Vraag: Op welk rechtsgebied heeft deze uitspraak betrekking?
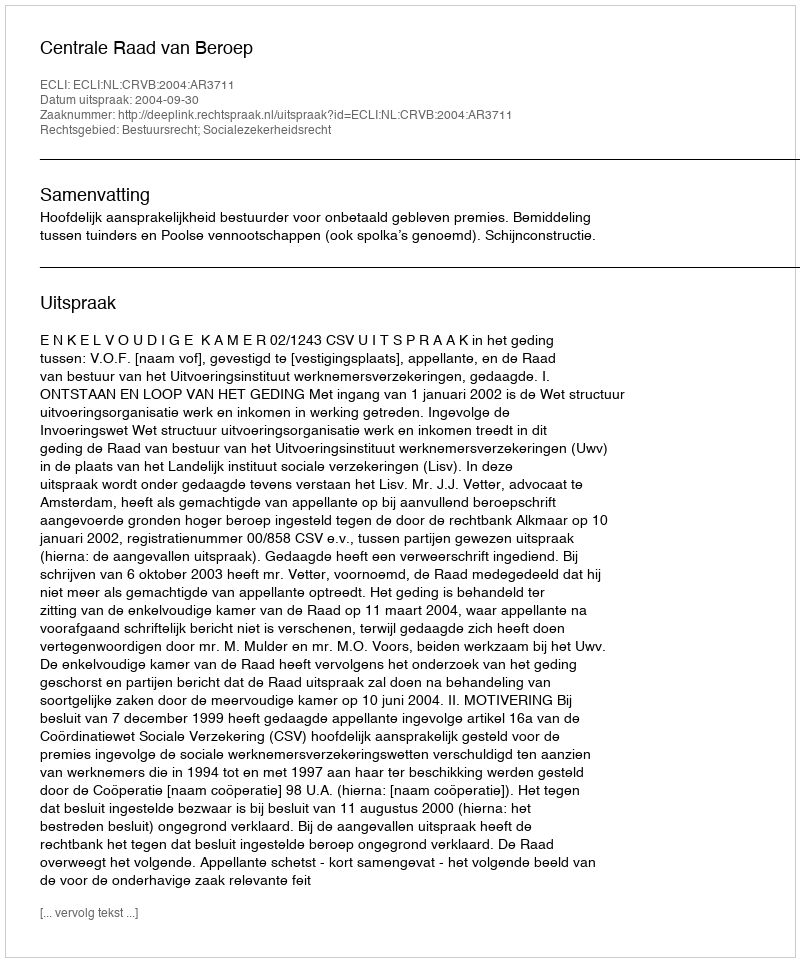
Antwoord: Bestuursrecht; Socialezekerheidsrecht